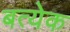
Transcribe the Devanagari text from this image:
बत्येक